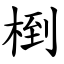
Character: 椡